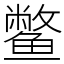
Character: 鳖